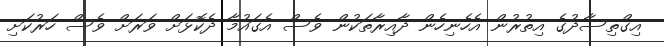
އިގްތިސާދުގެ އިތުރުން އެހެނިހެން ދާއިރާތަކުން ވެސް އެގައުމާ ދެކޮޅަށް ވަރަށް ވެސް ހަރުކަށި